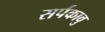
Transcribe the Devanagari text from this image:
सर्पकावु